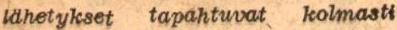
lähetykset tapahtuvat kolmasti